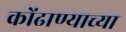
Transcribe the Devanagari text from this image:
कोंढाण्याच्या